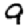
Digit: 9